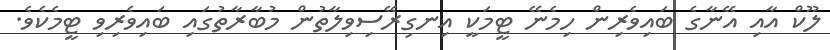
ލޫކް އާއި އޭނާގެ ބައިވެރިން ހިމެނޭ ޓީމަކީ އިނގިރޭސިވިލާތުން މުބާރާތުގައި ބައިވެރިވި ޓީމެކެވެ.